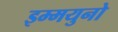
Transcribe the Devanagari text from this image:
इम्मयुनो